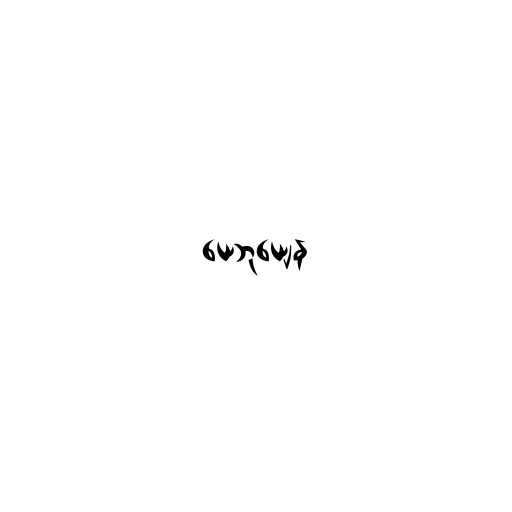
ယေဘုယျေန